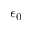
\epsilon _ { 0 }